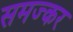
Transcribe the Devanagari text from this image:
समज्कर